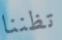
تظننا